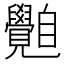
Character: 𦤲